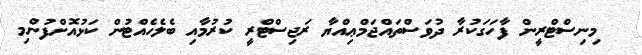
މިނިސްޓްރީން ފާހަގަކުރާ ދުވަސްތައްޖަމްޢިއްޔާ ރަޖިސްޓްރީ ކުރުމާއި ބެލެހެއްޓުން ކަޅުއޮށްފުންމި